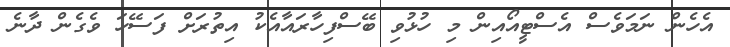
އެހެން ނަމަވެސް އެސްޓީއޯއިން މި ހުޅުވި ބޭސްފިހާރައާއެކު އިތުރަށް ފަސޭހަ ވެގެން ދާނެ